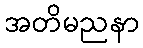
အတိမညနာ